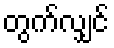
တွက်လျှင်